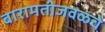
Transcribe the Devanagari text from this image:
बारामतीजवळचे